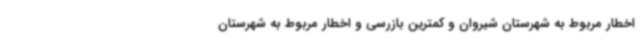
اخطار مربوط به شهرستان شیروان و کمترین بازرسی و اخطار مربوط به شهرستان